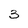
Character: 3